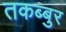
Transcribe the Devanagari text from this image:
तकब्बुर